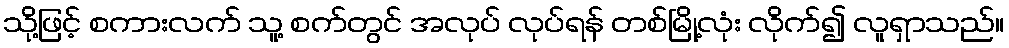
သို့ဖြင့် စကားလက် သူ့ စက်တွင် အလုပ် လုပ်ရန် တစ်မြို့လုံး လိုက်၍ လူရှာသည်။